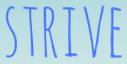
STRIVE